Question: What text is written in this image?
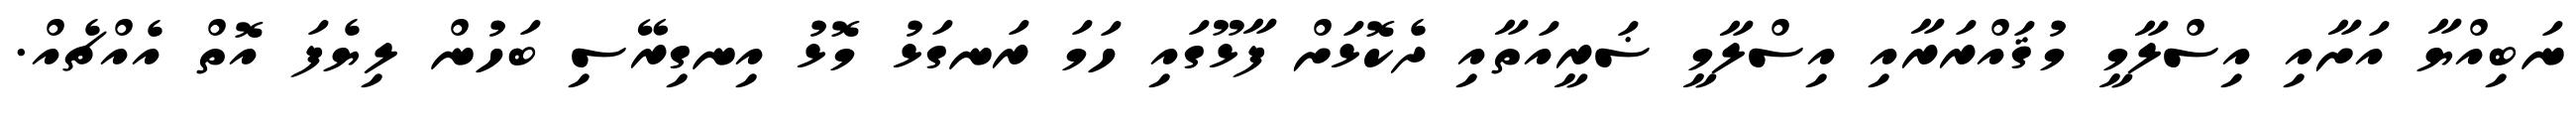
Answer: ނަބިއްޔާ އަށާއި އިސްލާމީ މުޤައްރަރާއި އިސްލާމީ ޟަރީއަތާއި ދެކޮޅަށް ފާޅޫގައި ހަމަ ރަނގަޅު މޮޅު އިނގިރޭސި ބަހުން ލިޔެފަ އޮތް އެއްޗެއް.